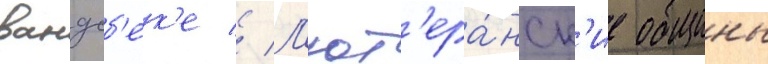
вандсб'ек'е // Л'ют'ера́нск'ие общины